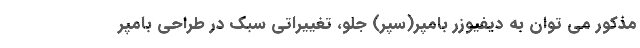
مذکور می توان به دیفیوزر بامپر(سپر) جلو، تغییراتی سبک در طراحی بامپر